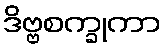
ဒိဗ္ဗစက္ခုကာ